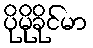
ပိုမိုခိုင်မာ